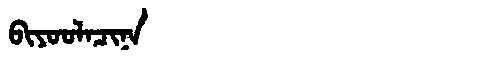
Manchu: ᠪᡳᠶᠣᠣᠯᠠᠴᡳᠨᠠ
Romanization: BIYOOLACINA